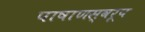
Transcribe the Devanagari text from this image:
पाषाणस्वरूप